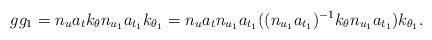
LaTeX: \begin{align*}gg_1 = n_u a_t k_\theta n_{u_1} a_{t_1}k_{\theta_1} = n_u a_t n_{u_1} a_{t_1} ((n_{u_1} a_{t_1})^{-1} k_\theta n_{u_1} a_{t_1}) k_{\theta_1}.\end{align*}